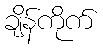
ချိန်ကိုက်